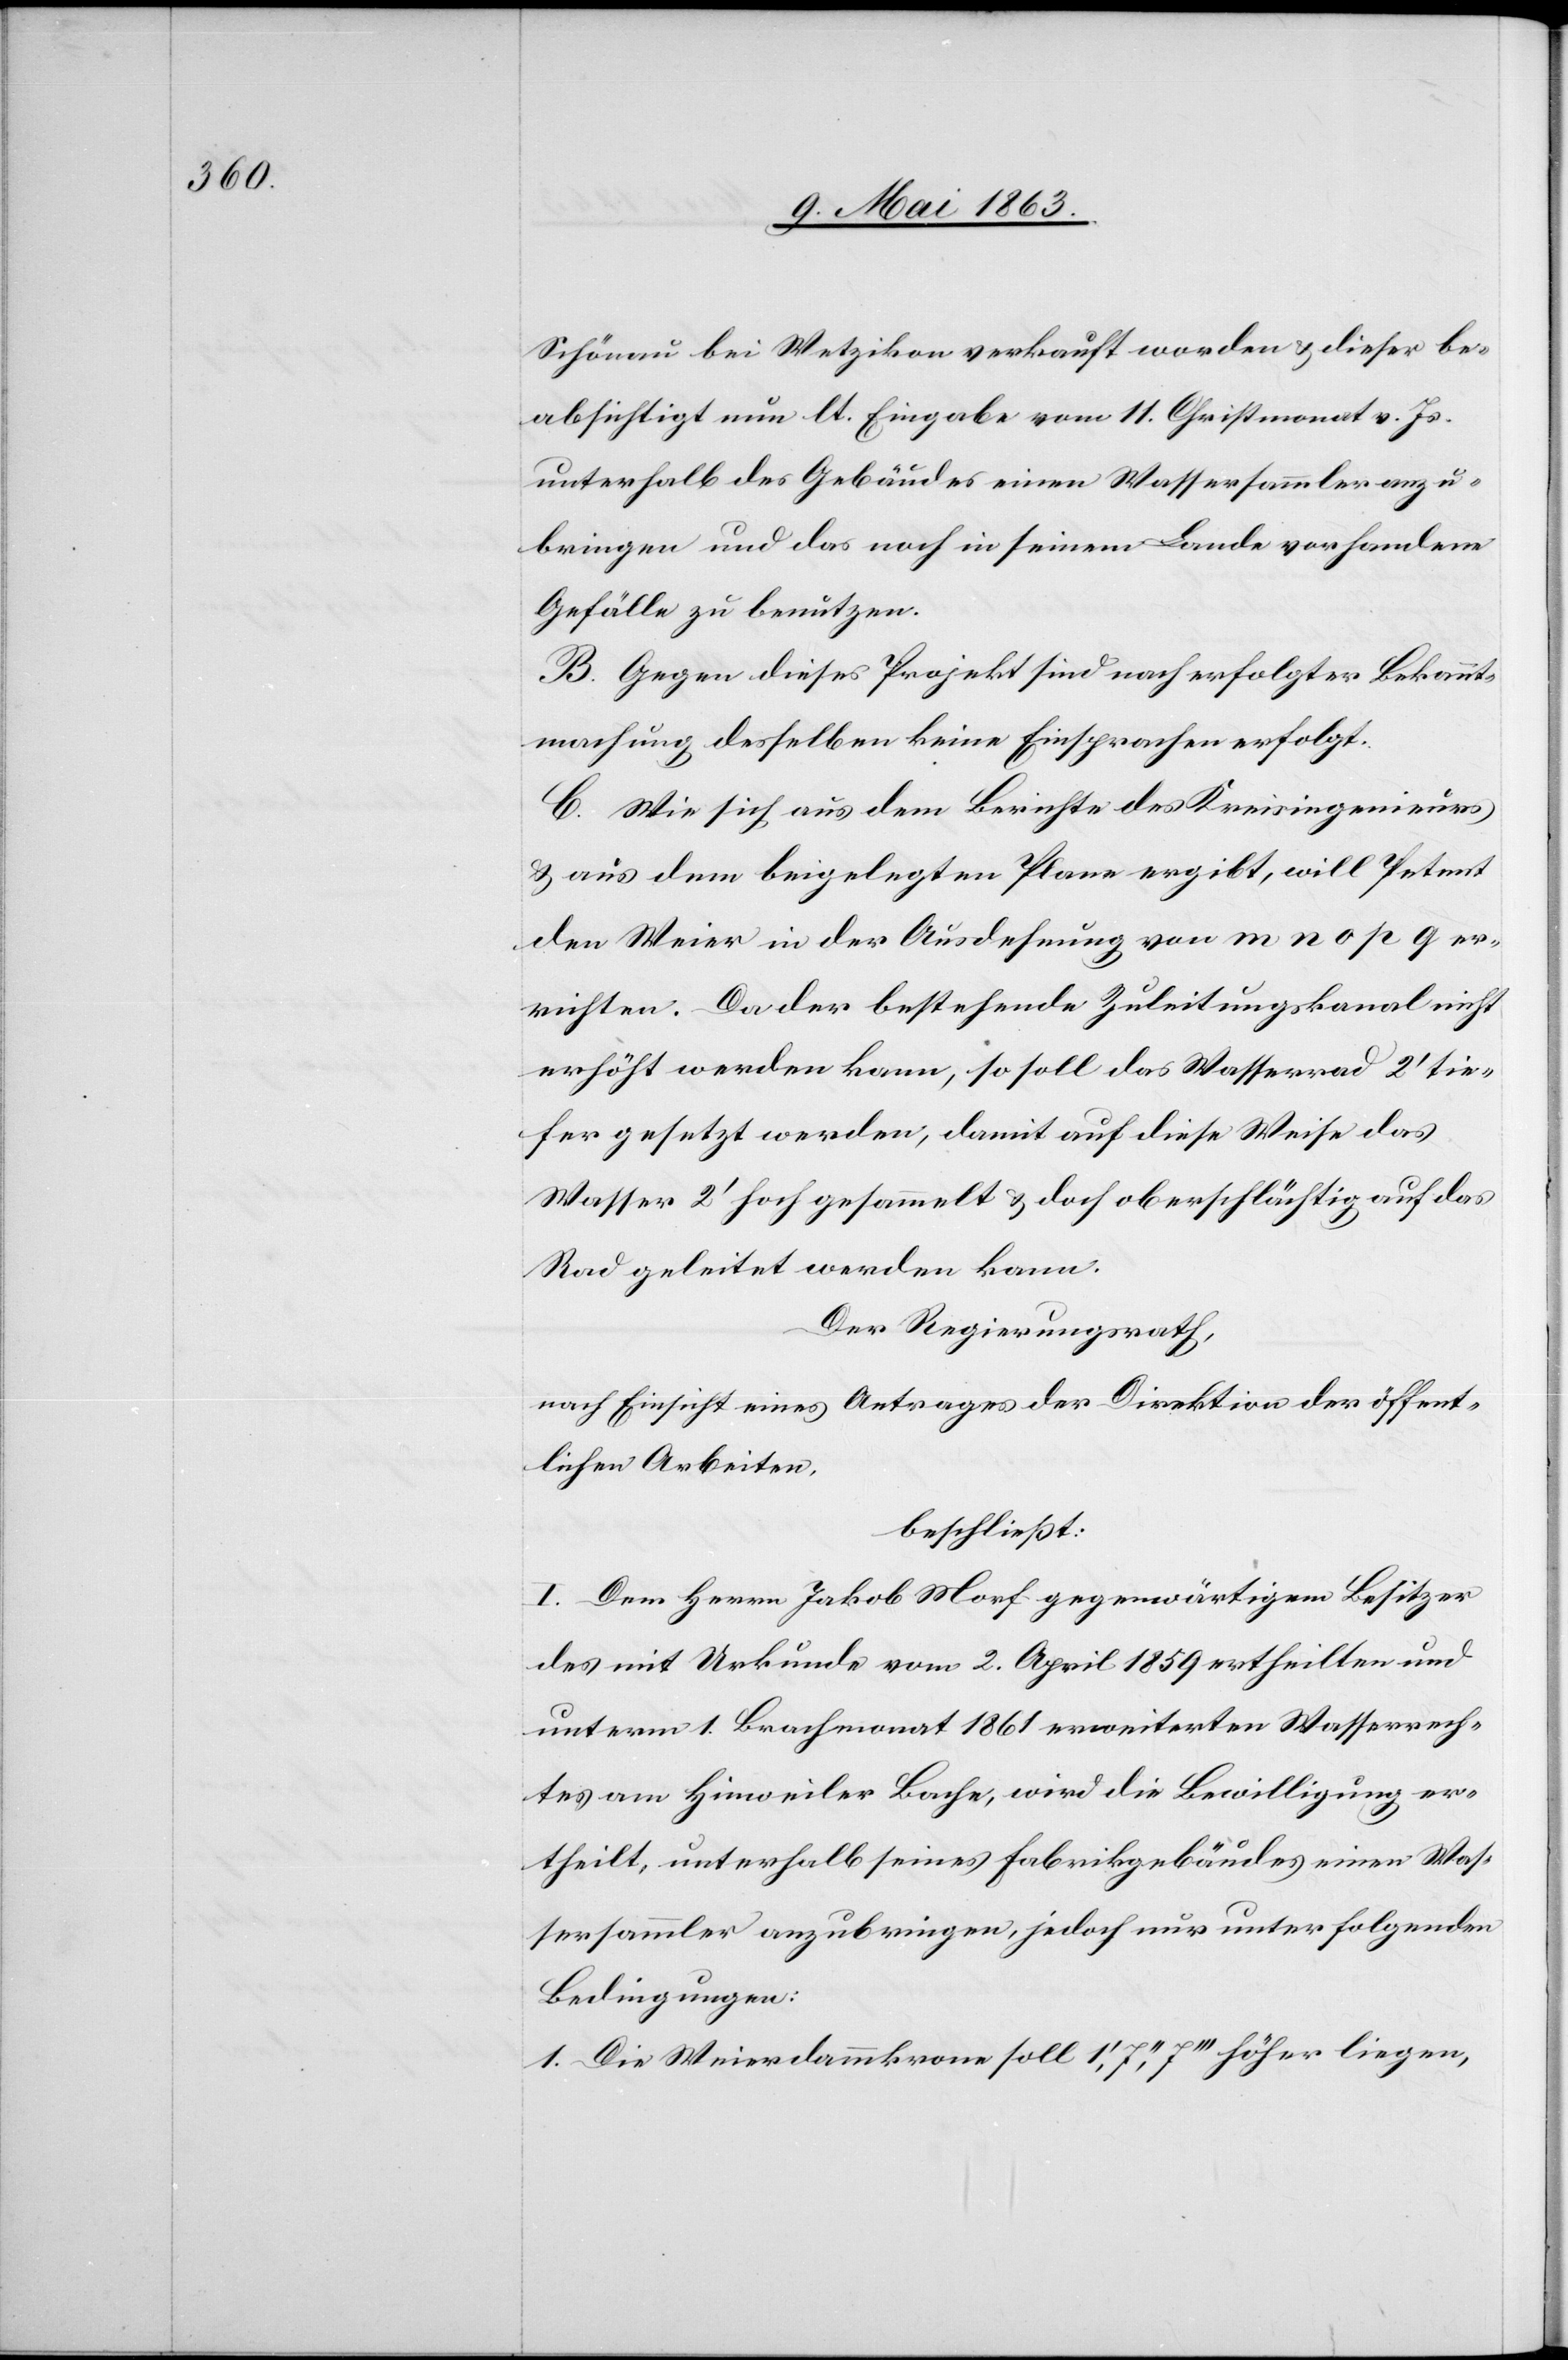
Schönau bei Wetzikon verkauft worden & dieser be¬
absichtigt nun lt. Eingabe vom 11. Christmonat v. Js.
unterhalb des Gebäudes einen Wassersammler anzu¬
bringen und das noch in seinem Lande vorhandene
Gefälle zu benutzen.
B. Gegen dieses Projekt sind nach erfolgter Bekannt¬
machung desselben keine Einsprachen erfolgt.
C. Wie sich aus dem Berichte des Kreisingenieurs
& aus dem beigelegten Plane ergibt, will Petent
den Weier in der Ausdehnung von m n o p q er¬
richten. Da der bestehende Zuleitungskanal nicht
erhöht werden kann, so soll das Wasserrad 2' tie¬
fer gesetzt werden, damit auf dieses Weise das
Wasser 2' hoch gesammelt & doch oberschlächtig auf das
Rad geleitet werden kann.
Der Regierungsrath,
nach Einsicht eines Antrages der Direktion der öffent¬
lichen Arbeiten,
beschließt:
I. Dem Herrn Jakob Morf gegenwärtigem Besitzer
des mit Urkunde vom 2. April 1859 ertheilten und
unterm 1. Brachmonat 1861 erweiterten Wasserrech¬
tes am Hinweiler Bach, wird die Bewilligung er¬
theilt, unterhalb seines Fabrikgebäudes einen Was¬
sersammler anzubringen, jedoch nur unter folgenden
Bedingungen:
1. Die Weierdammkrone soll 1', 7'', 7''' höher liegen,